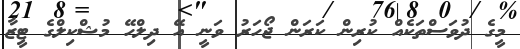
މީގެ ދުވަސްތަކެއް ކުރިން ކަރަން ޖޯހަރު ވަނީ އޭ ދިލްހޭ މުޝްކިލްގެ ޓީޒާ